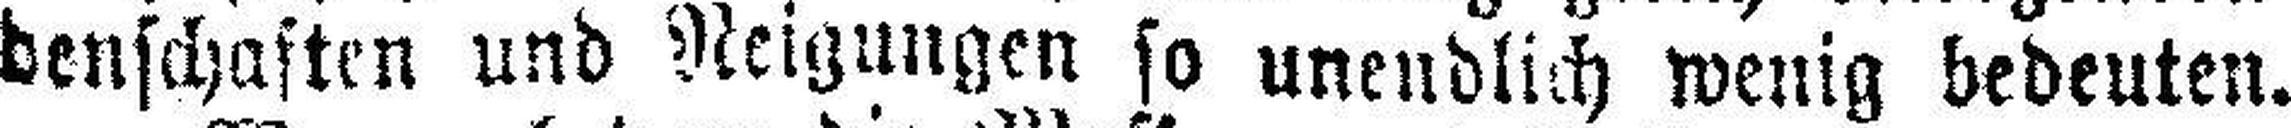
denschaften und Neigungen so unendlich wenig bedeuten.